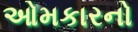
ઓમકારનો